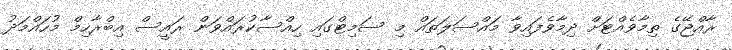
ރާއްޖޭގެ ތިމާވެއްޓަށް ދިމާވެފައިވާ މައްސަލަތައް މި ސަމިޓްގައި ހިއްސާކުރައްވަން ރައީސް އިބްރާހިމް މުހައްމަދު